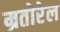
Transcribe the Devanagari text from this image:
म्रतोरेल